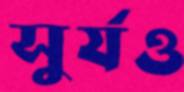
সুর্যও